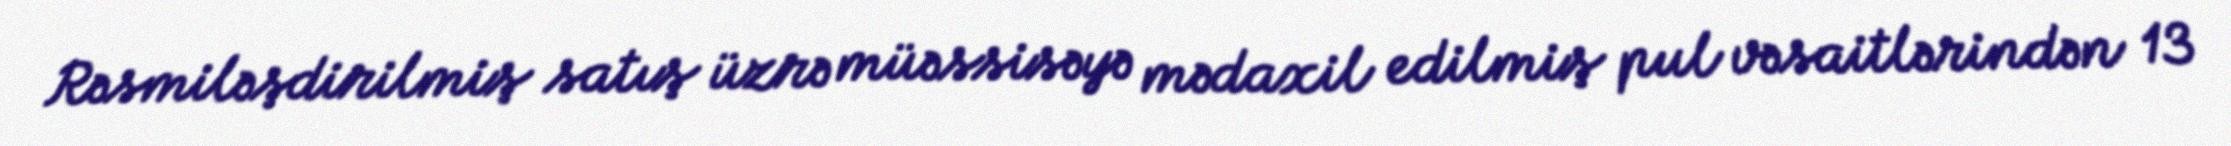
Rəsmiləşdirilmiş satış üzrə müəssisəyə mədaxil edilmiş pul vəsaitlərindən 13